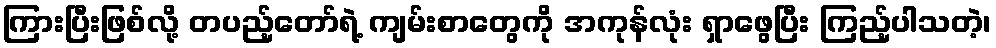
ကြားပြီးဖြစ်လို့ တပည့်တော်ရဲ့ ကျမ်းစာတွေကို အကုန်လုံး ရှာဖွေပြီး ကြည့်ပါသတဲ့၊